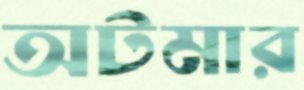
অটমার